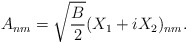
\begin{align*}A_{nm} = \sqrt{B \over 2} (X_1 + i X_2)_{nm}.\end{align*}